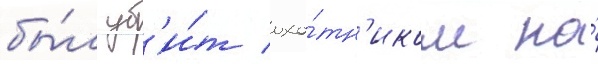
бы́л уб'и́т охо́тн'иком на́